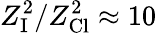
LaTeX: Z_{\mathrm{I}}^{2}/Z_{\mathrm{Cl}}^{2}\approx 10